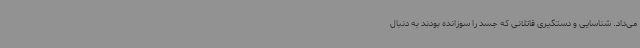
می‌داد. شناسایی و دستگیری قاتلانی که جسد را سوزانده بودند به دنبال